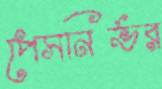
পেসনির্ভর